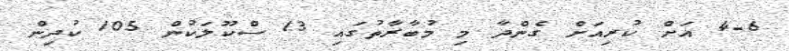
4-6 އަށް ކުރިއަށް ގެންދާ މި މުބާރާތުގައި 13 ސްކޫލަކުން 105 ކުދިން